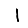
Digit: 1